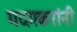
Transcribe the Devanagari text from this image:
गदगकरांनी